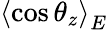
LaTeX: \left<\cos\theta_{z}\right>_{E}